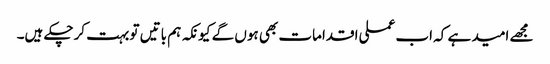
مجھے امید ہے کہ اب عملی اقدامات بھی ہوں گے کیونکہ ہم باتیں تو بہت کرچکے ہیں۔